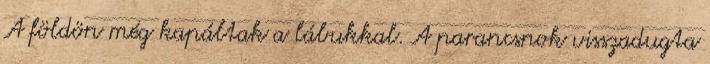
A földön még kapáltak a lábukkal. A parancsnok visszadugta